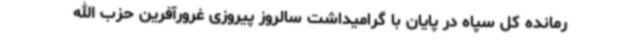
رمانده کل سپاه در پایان با گرامیداشت سالروز پیروزی غرورآفرین حزب الله